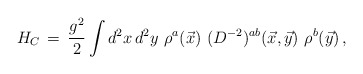
\begin{align*} H_C \, = \, \frac{g^2}{2} \int d^2x \, d^2y \,\, \rho^{a}(\vec{x}) \,\, ( D^{-2} )^{ab}(\vec{x},\vec{y}) \,\, \rho^{b}(\vec{y}) \, ,\end{align*}